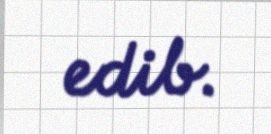
edib.